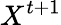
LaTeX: X^{t+1}